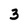
Character: 3